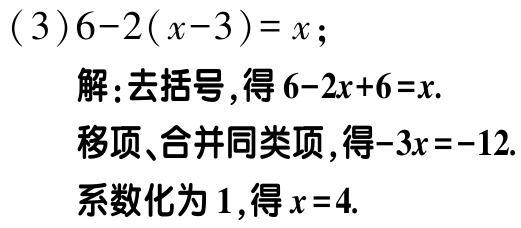
(3)$6 - 2(x - 3) = x$;

解:去括号,得$6 - 2x + 6 = x$.

移项、合并同类项,得$-3x = -12$.

系数化为1,得$x = 4$.